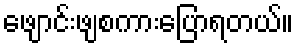
ဖျောင်းဖျစကားပြောရတယ်။